Vaccination in Burma 1889-1999 - 1889-1999
Year: 1889
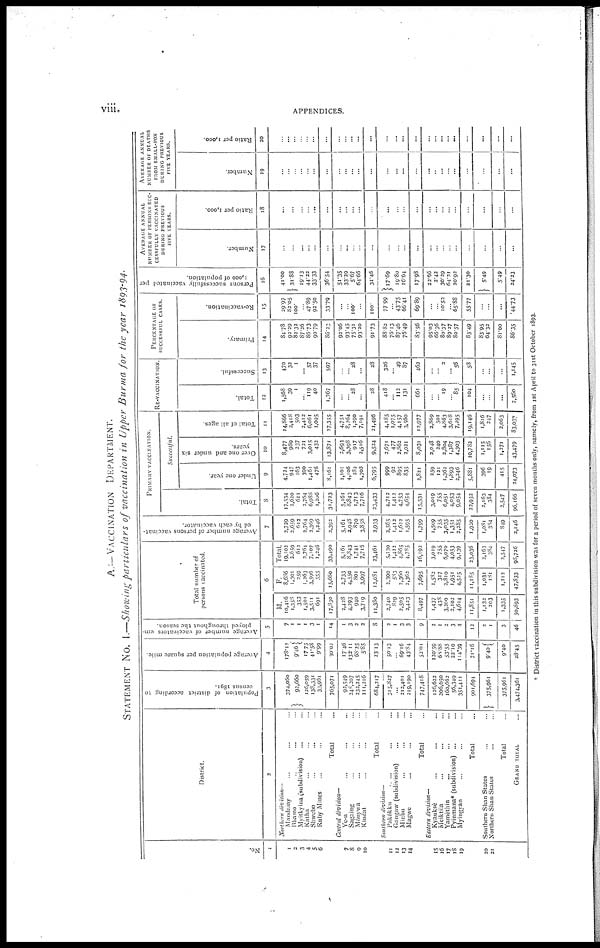
viii.
APPENDICES.
A.—VACCINATION DEPARTMENT.
STATEMENT No. I.—Showing particulars of vaccination in Upper Burma for the year 1893-94.
No.
1
1
2
3
4
5
6
7
8
9
10
11
12
13
14
15
16
17
18
19
20
21
District.
2
Worthern division—
Mandaiay... ... ...
Bhamo... ... ...
Myitkyina (subdivision)... ...
Katha... ... ...
Shwebo... ... ...
Ruby Mines... ... ...
Total...
Central division—
Ye-u... ... ... ...
Sagaing... ... ... ...
Mônywa... ... ...
Kindat... ... ...
Total...
Southern division—
Pakôkku... ...
Gangaw (subdivision)... ... ...
Minbu... ... ...
Magwe... ... ...
Total...
Eastern division—
Kyaukse... ... ... ...
Meiktila... ... ... ...
Yamethin... ... ...
Pyinmana* (subdivision)... ...
Myingyan ... ... ...
Total...
Southern Shan States... ...
Northern Shan States... ...
Total...
GRAND TOTAL...
Population of district according to
census 1891.
3
374,050
92,660
126,059
138,331
33,961
765,071
92,549
248,207
232,245
111,216
684,217
315,827
...
212,401
219,190
747,418
126,632
206,050
160,662
56,349
351,411
901,694
375,961
375,961
3,474,361
Average population per square mile.
4
178.12
9.46
17.75
41.58
9.99
30.02
17.46
132.11
68.25
5.85
23.13
50.13
...
69.16
43.84
52.01
120.59
68.88
53.55
22.10
114.39
71.16
9.40
9.40
28.45
Average number of vaccinators em-
ployed throughout the season.
5
7
1
1
1
3
1
14
1
3
2
2
8
2
1
3
3
9
2
1
2
3
4
12
2
1
3
46
Total number of
persons vaccinated.
6
M.
10,416
1,358
353
1,501
3,511
691
17,830
2,428
4,293
940
3,719
11,380
2,740
829
2,505
2,423
8,497
1,437
438
3,260
2,102
4,614
11,851
1,132
203
1,335
50,893
F.
8,686
1,301
259
1,263
3,596
555
15,660
2,733
4,550
801
3,997
12,081
2,390
583
2,360
2,362
7,695
1,582
317
2,810
1,951
4,525
11,185
1,031
181
1,212
47,833
Total.
19,102
2,659
612
2,764
7,107
1,246
33,490
5,161
8,843
1,741
7,715
23,46l
5,130
1,412
4,865
4,785
16,192
3,019
755
6,070
4,053
9,139
23,036
2,163
384
2,547
98,726
Average number of persons vaccinat-
ed by each vaccinator.
7
2,729
2,659
612
2,764
2,369
1,246
2,392
5,161
3,948
870
3,858
2,933
2,565
1,412
1,622
1,595
1,799
1,509
...
3,035
1,351
2,285
1,920
1,081
384
849
2,146
PRIMARY VACCINATION.
Total.
8
17,534
2,620
611
2,764
6,988
I,206
31,723
5,161
8,843
1,713
7,716
23,433
4,712
1,412
4,753
4,654
15,531
3,019
755
6,051
4,053
9,054
22,932
...
384
2,547
96,166
Successful.
Under one year.
9
4,734
947
163
390
1,461
476
8,161
1,101
4,106
282
1,305
6,795
999
92
895
835
2,821
259
121
1,362
1,893
2,246
5,881
...
19
415
24,073
Over one and under six
years.
10
8,477
989
237
721
3,015
432
13,871
2,693
3,398
917
2,516
9,524
2,671
477
2,862
2,021
8,031
2,048
240
2,804
1,387
4,303
10,782
1,115
156
1,271
43,479
Total of all ages.
11
14,866
3,418
503
2,412
6,061
1,095
27,355
4,751
8,264
1,290
7,191
21,496
4,185
1,075
4,157
3,560
12,977
3,869
501
4,863
3,618
7,295
19,146
1,816
247
2,063
83,037
RE-VACCINATION.
Total.
12
1,568
39
1
...
119
40
1,767
...
...
28
...
28
418
...
112
131
661
...
...
19
...
85
104
...
...
...
2,560
Successful.
13
470
32
1
...
57
37
597
...
...
28
...
28
326
...
49
87
462
...
...
2
...
56
58
...
...
...
1,145
PERCENTAGE OF
SUCCESSFUL CASES.
Primary.
14
84.78
92.29
82.32
87.26
86.73
90.79
86.23
93.06
93.45
75.31
93.20
91.73
88.82
76.13
87.46
76.49
83.56
95.03
66.36
80.37
89.27
80.57
83.49
83.95
64.32
81.00
86.35
Re-vaccination.
15
29.97
82.05
100.
...
47.89
92.50
33.79
...
...
100.
...
100.
77.99
...
43.75
66.41
69.89
...
...
10.52
...
65.88
55.77
...
...
...
44.73
Persons successfully vaccinated per
1,000 of population.
16
41.00
31.88
19.13
44.22
33.33
36.54
51.35
33.29
5.67
64.66
30.46
17.69
19.80
16.64
17.98
23.66
2.42
30.29
64.21
20.92
21.30
5.49
5.49
24.23
AVERAGE ANNUAL
NUMBER OF PERSONS SUC-
--------- VACCINATED
DURING PREVIOUS
FIVE YEARS.
Number.
17
...
...
...
...
...
...
...
...
...
...
...
...
...
...
...
...
...
...
...
...
...
...
...
...
...
Ratio per 1,000.
18
...
...
...
...
...
...
...
...
...
...
...
...
...
...
...
...
...
...
...
...
...
...
...
...
...
AVERAGE ANNUAL
NUMBER OF DEATHS
FROM SMALL-POX
DURING PREVIOUS
FIVE YEARS.
Number.
19
...
...
...
...
...
...
...
...
...
...
...
...
...
...
...
...
...
...
...
...
...
...
...
...
...
Ratio per 1,000.
20
...
...
...
...
...
...
...
...
...
...
...
...
...
...
...
...
...
...
...
...
...
...
...
...
...
* District vaccination in this subdivision was for a period of seven months only, namely, from 1st April to 31st October 1893.